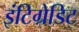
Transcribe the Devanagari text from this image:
इंटिग्रेडिट